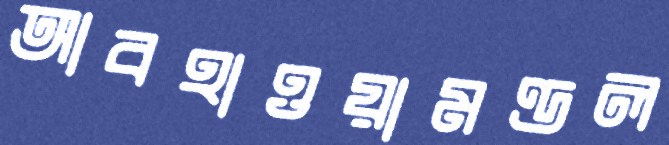
আবহাওয়ামণ্ডল